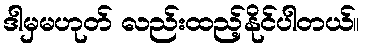
ဒါမှမဟုတ် လည်းထည့်နိုင်ပါတယ်။